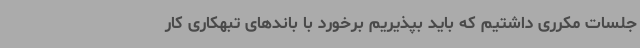
جلسات مکرری داشتیم که باید بپذیریم برخورد با باندهای تبهکاری کار